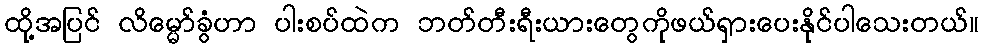
ထို့အပြင် လိမ္မော်ခွံဟာ ပါးစပ်ထဲက ဘတ်တီးရီးယားတွေကိုဖယ်ရှားပေးနိုင်ပါသေးတယ်။